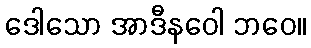
ဒေါသော အာဒီနဝေါ ဘဝေ။